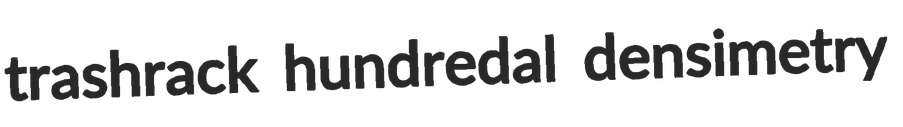
trashrack hundredal densimetry